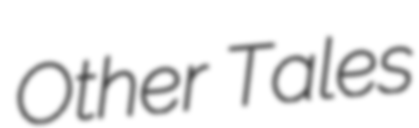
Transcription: Other Tales